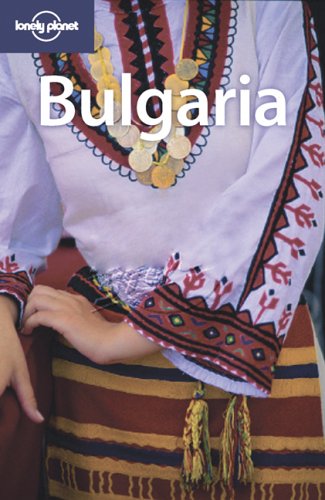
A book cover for Lonely Planet Bulgaria (Country Guide); Richard Watkins; Travel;